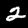
Digit: 2